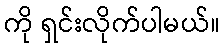
ကို ရှင်းလိုက်ပါမယ်။